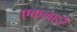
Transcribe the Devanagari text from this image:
एकलहरे